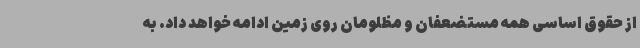
از حقوق اساسی همه مستضعفان و مظلومان روی زمین ادامه خواهد داد. به